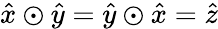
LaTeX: \hat{x}\odot\hat{y}=\hat{y}\odot\hat{x}=\hat{z}